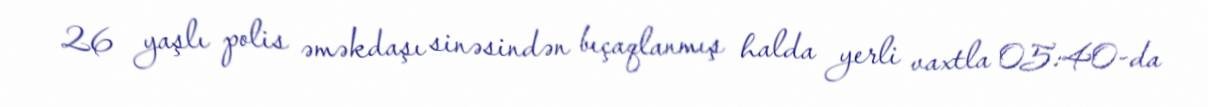
26 yaşlı polis əməkdaşı sinəsindən bıçaqlanmış halda yerli vaxtla 05:40-da